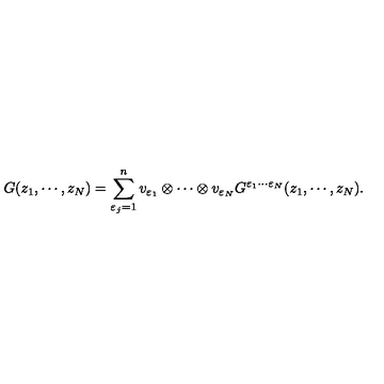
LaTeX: G ( z _ { 1 } , \cdots , z _ { N } ) = \sum _ { \varepsilon _ { j } = 1 } ^ { n } v _ { \varepsilon _ { 1 } } \otimes \cdots \otimes v _ { \varepsilon _ { N } } G ^ { \varepsilon _ { 1 } \cdots \varepsilon _ { N } } ( z _ { 1 } , \cdots , z _ { N } ) .